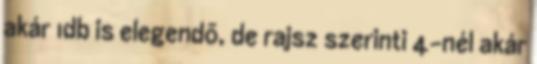
akár 1db is elegendõ, de rajsz szerinti 4-nél akár